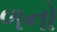
ળનો